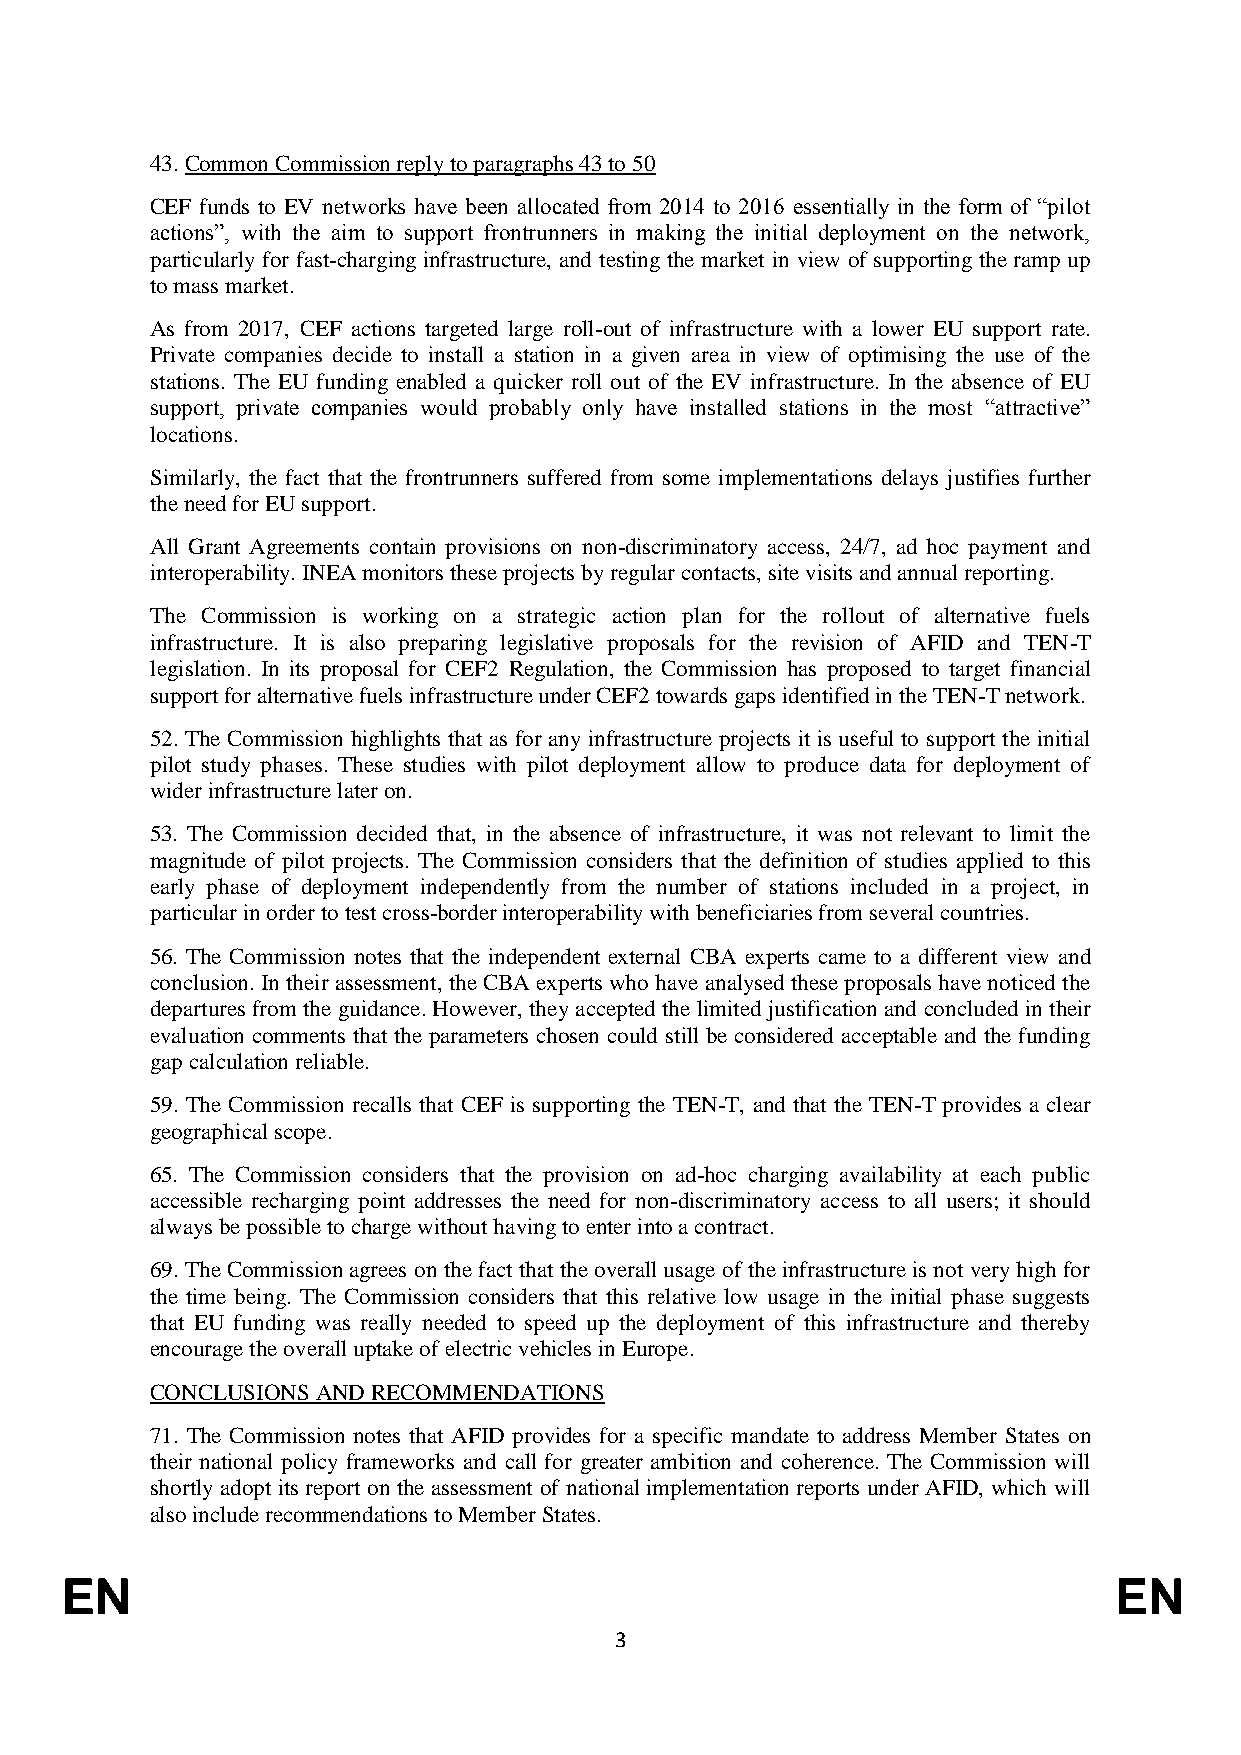
43. Common Commission reply to paragraphs 43 to 50
 CEF funds to EV networks have been allocated from 2014 to 2016 essentially in the form of “pilot
 actions”, with the aim to support frontrunners in making the initial deployment on the network,
 particularly for fast-charging infrastructure, and testing the market in view of supporting the ramp up
 to mass market.
 As from 2017, CEF actions targeted large roll-out of infrastructure with a lower EU support rate.
 Private companies decide to install a station in a given area in view of optimising the use of the
 stations. The EU funding enabled a quicker roll out of the EV infrastructure. In the absence of EU
 support, private companies would probably only have installed stations in the most “attractive”
 locations.
 Similarly, the fact that the frontrunners suffered from some implementations delays justifies further
 the need for EU support.
 All Grant Agreements contain provisions on non-discriminatory access, 24/7, ad hoc payment and
 interoperability. INEA monitors these projects by regular contacts, site visits and annual reporting.
 The Commission is working on a strategic action plan for the rollout of alternative fuels
 infrastructure. It is also preparing legislative proposals for the revision of AFID and TEN-T
 legislation. In its proposal for CEF2 Regulation, the Commission has proposed to target financial
 support for alternative fuels infrastructure under CEF2 towards gaps identified in the TEN-T network.
 52. The Commission highlights that as for any infrastructure projects it is useful to support the initial
 pilot study phases. These studies with pilot deployment allow to produce data for deployment of
 wider infrastructure later on.
 53. The Commission decided that, in the absence of infrastructure, it was not relevant to limit the
 magnitude of pilot projects. The Commission considers that the definition of studies applied to this
 early phase of deployment independently from the number of stations included in a project, in
 particular in order to test cross-border interoperability with beneficiaries from several countries.
 56. The Commission notes that the independent external CBA experts came to a different view and
 conclusion. In their assessment, the CBA experts who have analysed these proposals have noticed the
 departures from the guidance. However, they accepted the limited justification and concluded in their
 evaluation comments that the parameters chosen could still be considered acceptable and the funding
 gap calculation reliable.
 59. The Commission recalls that CEF is supporting the TEN-T, and that the TEN-T provides a clear
 geographical scope.
 65. The Commission considers that the provision on ad-hoc charging availability at each public
 accessible recharging point addresses the need for non-discriminatory access to all users; it should
 always be possible to charge without having to enter into a contract.
 69. The Commission agrees on the fact that the overall usage of the infrastructure is not very high for
 the time being. The Commission considers that this relative low usage in the initial phase suggests
 that EU funding was really needed to speed up the deployment of this infrastructure and thereby
 encourage the overall uptake of electric vehicles in Europe.
 CONCLUSIONS AND RECOMMENDATIONS
 71. The Commission notes that AFID provides for a specific mandate to address Member States on
 their national policy frameworks and call for greater ambition and coherence. The Commission will
 shortly adopt its report on the assessment of national implementation reports under AFID, which will
 also include recommendations to Member States.
 EN                                                                    EN
 3